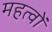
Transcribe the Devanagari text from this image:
महत्वों